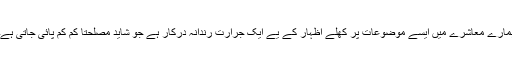
ہمارے معاشرے میں ایسے موضوعات پر کھلے اظہار کے یے ایک جرارت رندانہ درکار ہے جو شاید مصلحتا کم کم پائی جاتی ہے۔